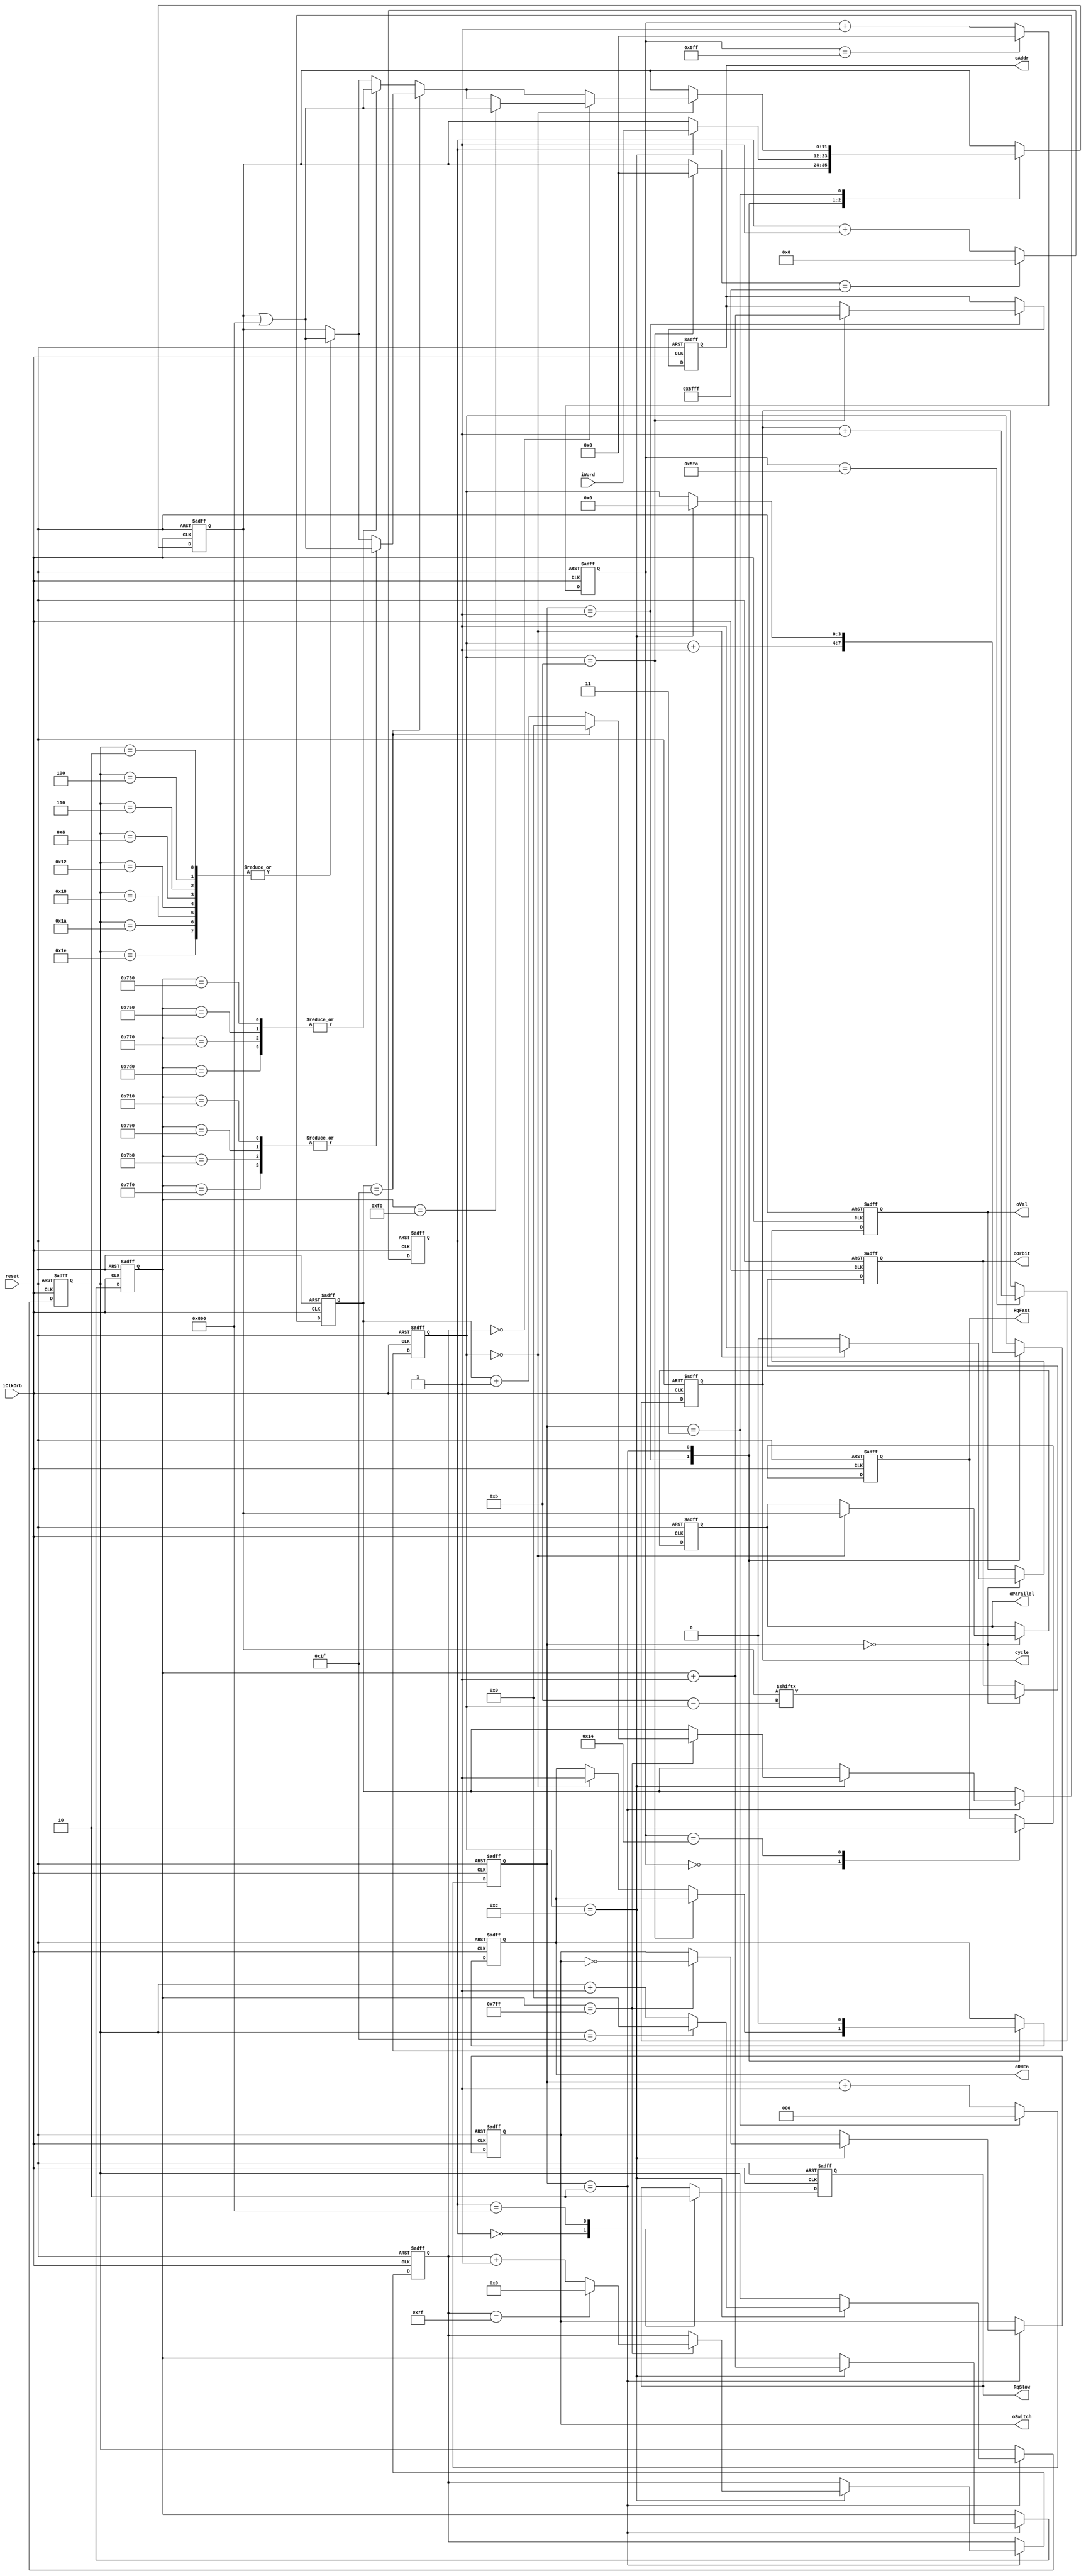
module M16(
	input reset, 
	input iClkOrb, //100MHz/8
	input [11:0]iWord,//  
	output reg [10:0]oAddr,
	output reg oRdEn,
	output reg oSwitch,
	output reg oOrbit,// 
	output reg [11:0]oParallel,
	output reg oVal,
	output reg [5:0] cycle,
	output reg RqSlow,
	output reg RqFast
);

reg [3:0]cntBit;
reg [10:0]cntWrd;
//reg [11:0] cntAddr;
reg [4:0]cntPhr, cntGrp;
reg [6:0]cntFrm;
reg cntMem;
reg [11:0]outWord;
reg [2:0]seq;
reg [11:0] cntRqFast;
reg [15:0] cntRqSlow;

//assign oSwitch = cntAddr[11];

always@(negedge reset or posedge iClkOrb)begin
	if(~reset)begin
		outWord <= 12'd0;
		oAddr <= 11'd0;
		oRdEn <= 1'd0;
		oSwitch <= 1'd0;
		oOrbit <= 1'd0;
		oParallel <= 12'd0;
		oVal <= 1'd0;
		cntBit <= 4'd0;
		cntFrm <= 7'd0;
		cntGrp <= 5'd0;
		cntPhr <= 5'd0;
		cntWrd <= 11'd0;
		seq <= 3'd0;
		cycle <= 6'd0;
		RqFast <= 1'd0;
		RqSlow <= 1'd0;
		cntRqFast <= 12'd0;
		cntRqSlow <= 16'd0;
	end else begin
		seq <= seq + 1'b1;
		case(seq)
			0: begin
				oOrbit <= outWord[4'd11-cntBit];
				if (cntBit == 4'd0) begin
					oParallel <= outWord;
					oVal <= 1'b1;
				end else oVal <= 1'b0;
			end
			1: begin
				if (cntBit == 4'd11) begin
					oAddr <= cntWrd+1'b1;
					outWord <= 12'b0;
				end else if(cntBit == 4'd0)
					oRdEn <= 1'b1;
				cntBit <= cntBit + 1'b1;
			end
			2: begin
				oRdEn <= 1'd0;
				if (cntBit == 4'd12) begin
					cntBit <= 4'd0;
					outWord <= iWord;
					cntWrd <= cntWrd + 1'b1;
					if (cntWrd == 11'd2047) begin
						oSwitch <= ~oSwitch;
						cntGrp <= cntGrp + 1'b1;
						if (cntGrp == 31) cntGrp <= 5'd0;
						cntFrm <= cntFrm + 1'b1;
						if (cntFrm == 127) cntFrm <= 7'd0;
					end
					cntPhr <= cntPhr + 1'b1;
					if (cntPhr == 31) cntPhr <= 5'd0;
				end
			end
			3: begin
				
				seq <= 0;
				if (cntBit == 4'd0) begin
					case (cntPhr)
						2,4,6,8,18,24,26,30: outWord <= outWord | 12'b100000000000;
					endcase
					case (cntGrp)
						31: begin
							case (cntWrd)
								1808, 1936, 1968, 2032: outWord <= outWord | 12'b100000000000;
							endcase
						end
						default: begin
							case (cntWrd)
								1840, 1872, 1904, 2000: outWord <= outWord | 12'b100000000000;
							endcase
						end
					endcase
					case (cntFrm)
						0: begin
							case (cntWrd)
								240: outWord <= outWord | 12'b100000000000;
							endcase
						end
					endcase
				end
			end			
		endcase
		cntRqFast <= cntRqFast + 1'b1;
		case (cntRqFast)
			0: RqFast <= 1'd1;
			20: RqFast <= 1'd0;
			1530: cycle <= cycle + 1'b1;
			1535: cntRqFast <= 11'd0;
		endcase
		cntRqSlow <= cntRqSlow + 1'b1;
		case (cntRqSlow)
			0: RqSlow <= 1'd1;
			2048: RqSlow <= 1'd0;
			24575: cntRqSlow <= 16'd0;
		endcase
	end
end
endmodule